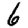
Digit: 6